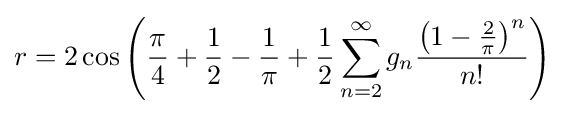
r=2\cos \left({\frac {\pi }{4}}+{\frac {1}{2}}-{\frac {1}{\pi }}+{\frac {1}{2}}\sum _{n=2}^{\infty }g_{n}{\frac {\left(1-{\frac {2}{\pi }}\right)^{n}}{n!}}\right)